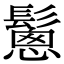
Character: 𩮰